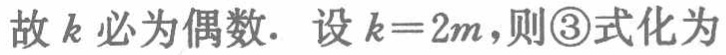
故 \(k\) 必为偶数. 设 \(k = 2m\),则\textcircled{3}式化为